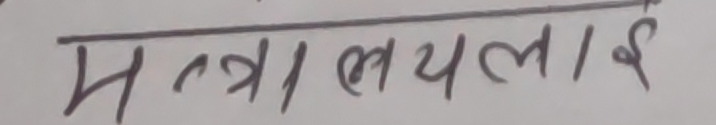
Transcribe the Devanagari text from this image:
मन्त्रालयलाई